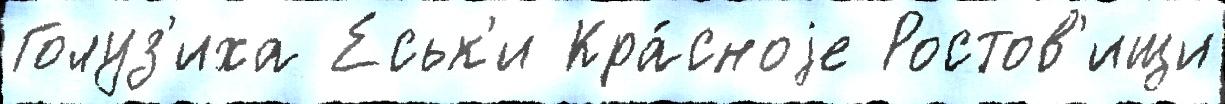
Голуз'иха Еськ'и Кра́сноjе Ростов'ищи